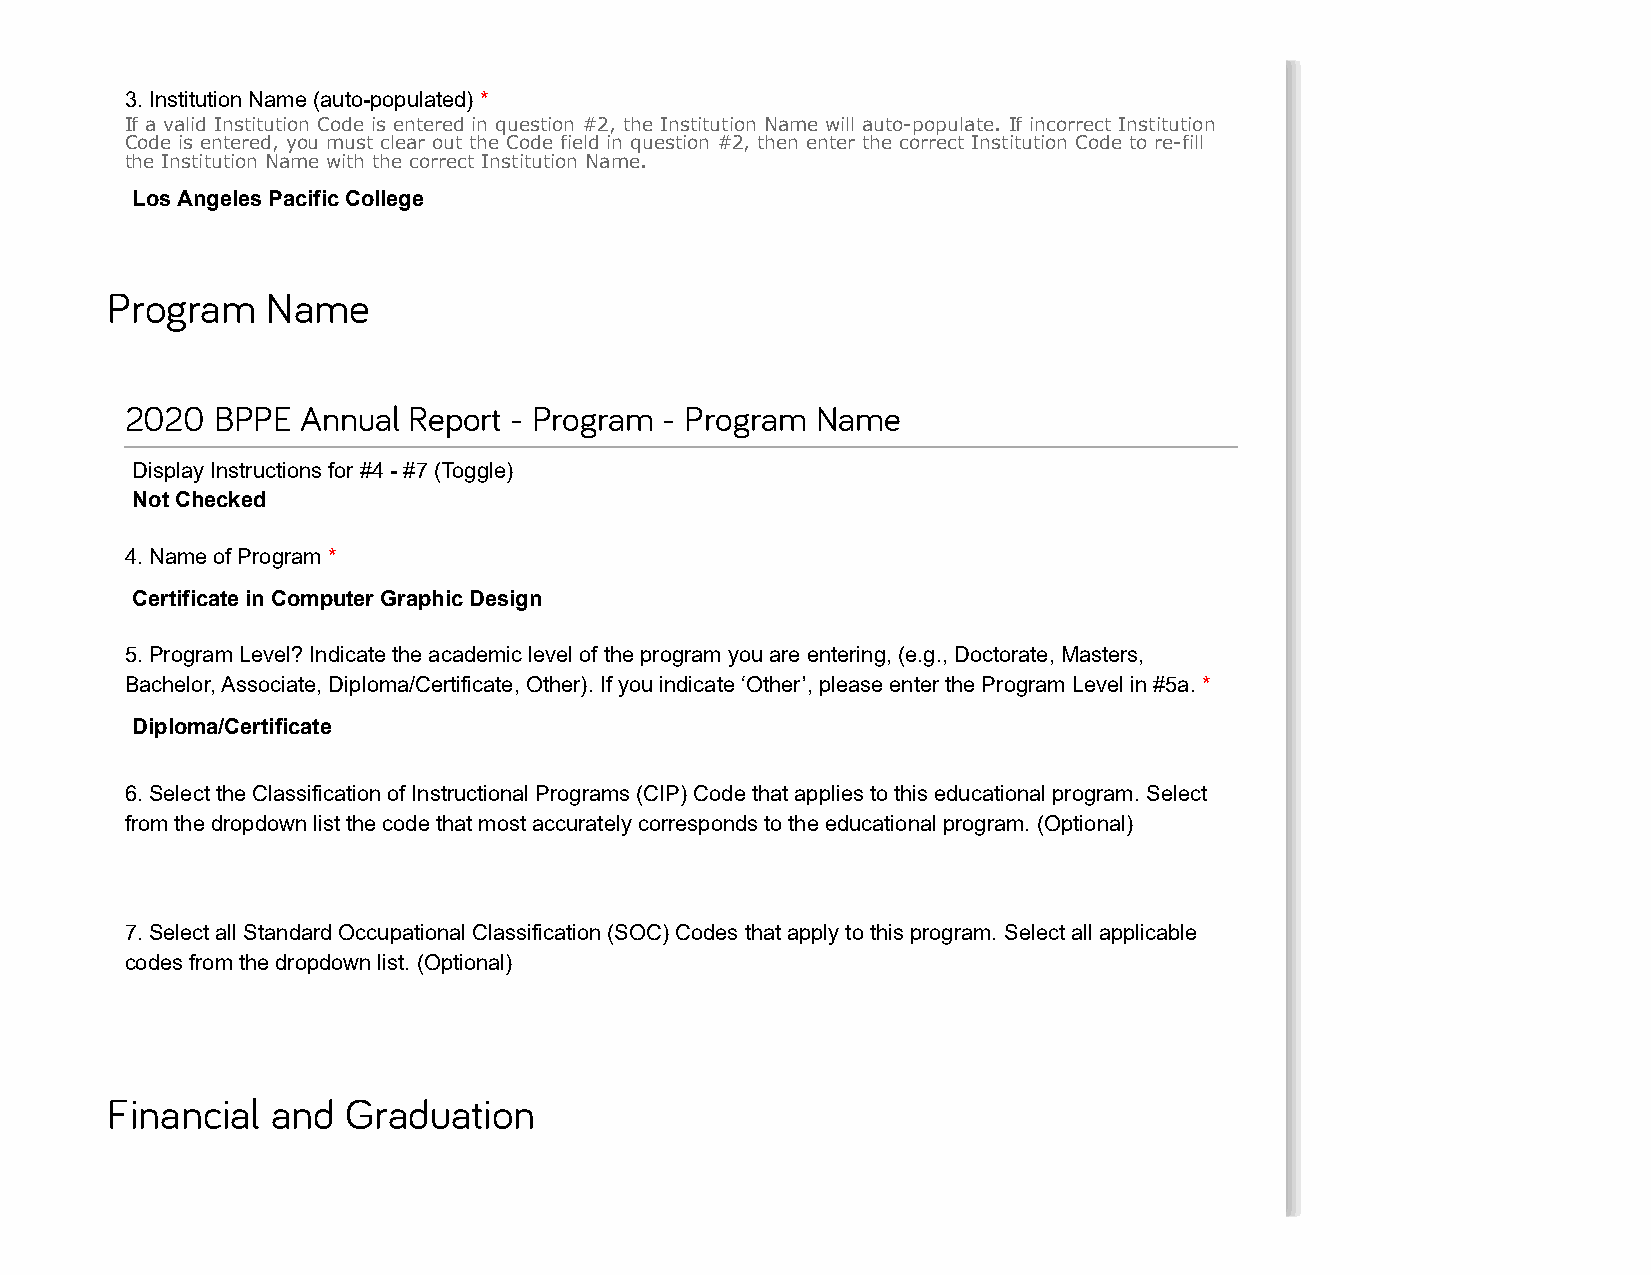
3. Institution Name (auto-populated) *
 If a valid Institution Code is entered in question #2, the Institution Name will auto-populate. If incorrect Institution
 Code is entered, you must clear out the Code field in question #2, then enter the correct Institution Code to re-fill
 the Institution Name with the correct Institution Name.
 Los Angeles Pacific College
 Program    Name
 2020  BPPE  Annual Report - Program - Program Name
 Display Instructions for #4 - #7 (Toggle)
 Not Checked
 4. Name of Program *
 Certificate in Computer Graphic Design
 5. Program Level? Indicate the academic level of the program you are entering, (e.g., Doctorate, Masters,
 Bachelor, Associate, Diploma/Certificate, Other). If you indicate ‘Other’, please enter the Program Level in #5a. *
 Diploma/Certificate
 6. Select the Classification of Instructional Programs (CIP) Code that applies to this educational program. Select
 from the dropdown list the code that most accurately corresponds to the educational program. (Optional)
 7. Select all Standard Occupational Classification (SOC) Codes that apply to this program. Select all applicable
 codes from the dropdown list. (Optional)
 Financial  and  Graduation